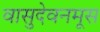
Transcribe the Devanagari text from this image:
वासुदेवनमूस